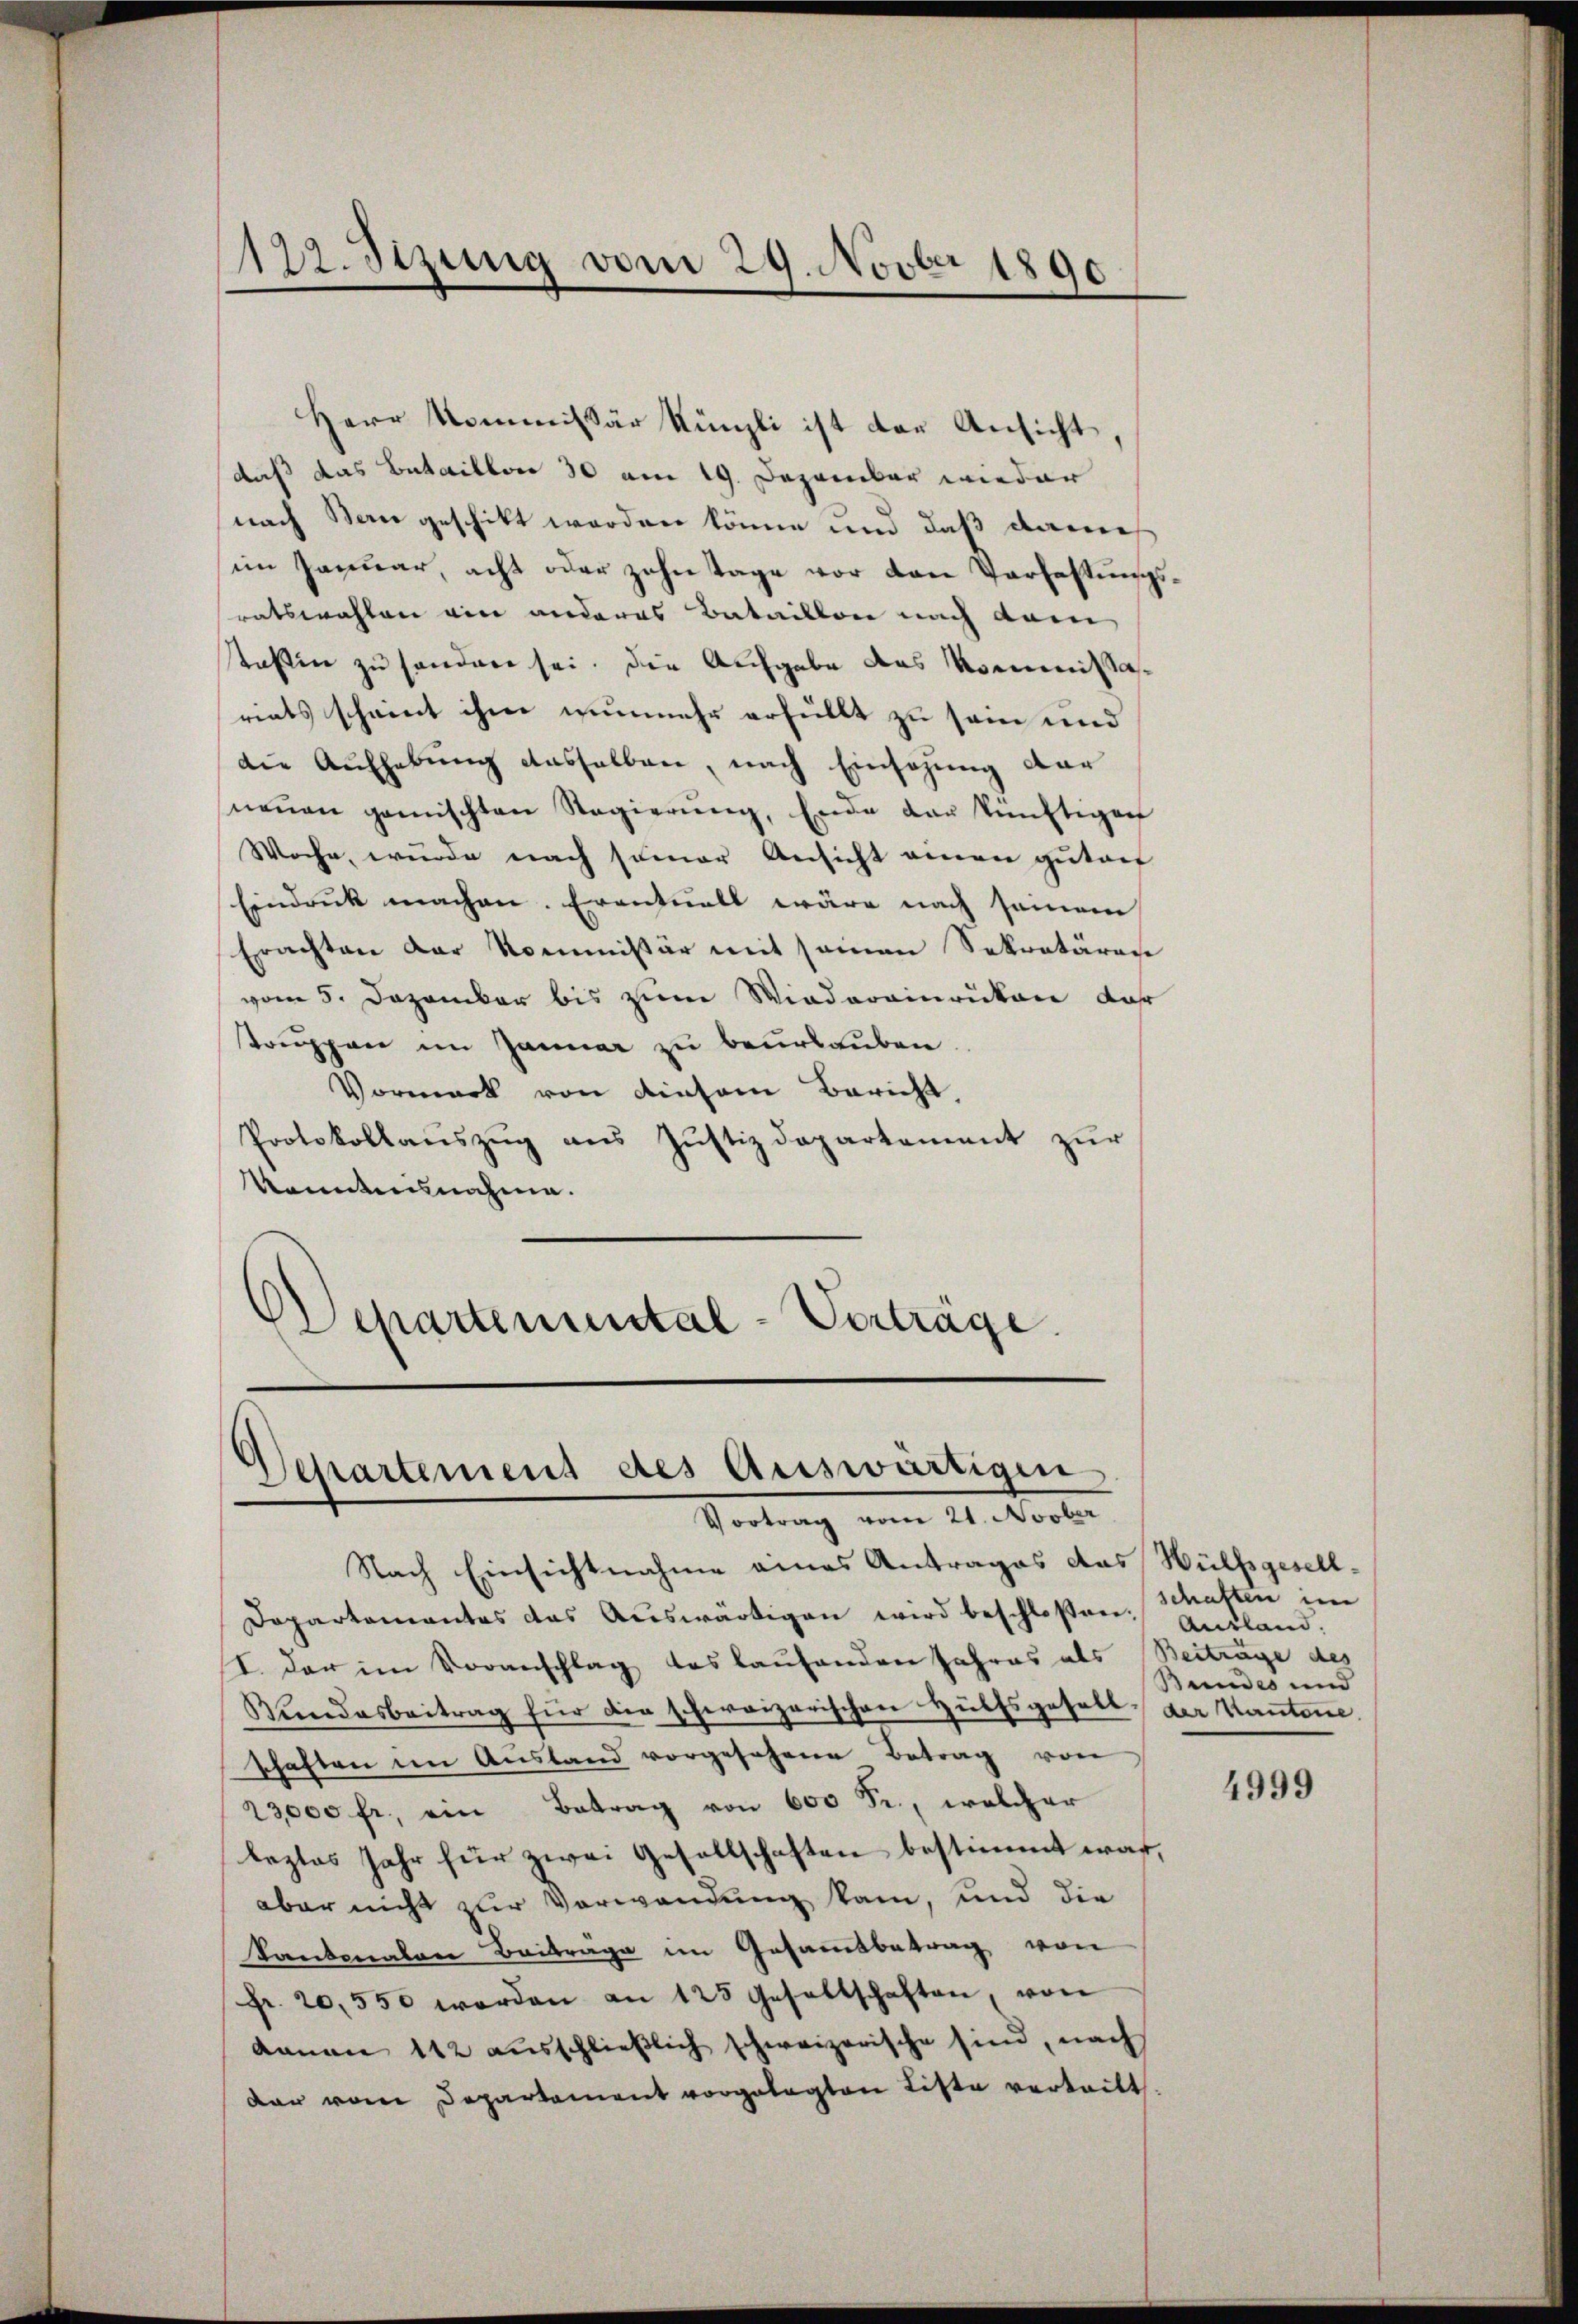
122. Sizung vom 29. Novber 1890

Herr Kommissär Künzli ist der Ansicht
daß das Bataillon 30 am 19. Dezember wieder
nach Bau geschickt worden könne und daß danech
im Januar, acht oder zehntage vor den Verfassungsratswahlen ein anderes Bataillon nach dem
staßen zu handen sei. Die Aufgabe das Kommissariats scheint ihm nunmehr erfüllt zu sein und
die Aufhebung dasselben, nach Einsezung dar
neṅen gemischten Regierŭng, Ende der künftigen
Woche, wurde nach seiner Ansicht einen gutach
Eindruck machen. Eventuell wäre nach seinem
Erachten der Kommissär mit seinen Sekretären
vom 5. Dezember bis zum Wiederainrüken dar
truppen im Januar zu beurlauben.
Vormark von diesem Bericht,
Protokollaŭszŭg ans Justizdepartement zur
Kenntnisnahme.
)
Departemental-Vorträge.

Dessartement des Auswärtigen
Vortrag vom 21. Novber

Nach Einsichtnahme eines Antrages das Wülfsgesell-
Dopartementes das Aŭswärtigen wird beschloßen: Ankland:
I. der im Voranschlag das laufenden Jahres als Beiträge des
Bŭndesbeitrag für die schweizerischen Hülfsgesell der Kantone.
schaften im Aŭsland vorgesehene Betrag von
23000 fr., ein Betrag von 600 Fr., welcher
leztes Jahr für zwei Gesellschaften bestimmt war,
aber nicht zur Verwendung kam, und die
Kantonalen Beitrage im Gesammtbetrag von
Fr. 20,550 werden an 125 gesellschaften, von
kanen 112 ausschlieβlich schweizerische sind, nach
dar von Departement vorgelegten Liste vertritt.

schaften im
Bundes und

4999